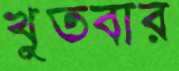
খুতবার